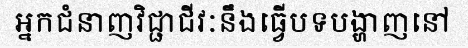
អ្នកជំនាញវិជ្ជាជីវៈនឹងធ្វើបទបង្ហាញនៅ